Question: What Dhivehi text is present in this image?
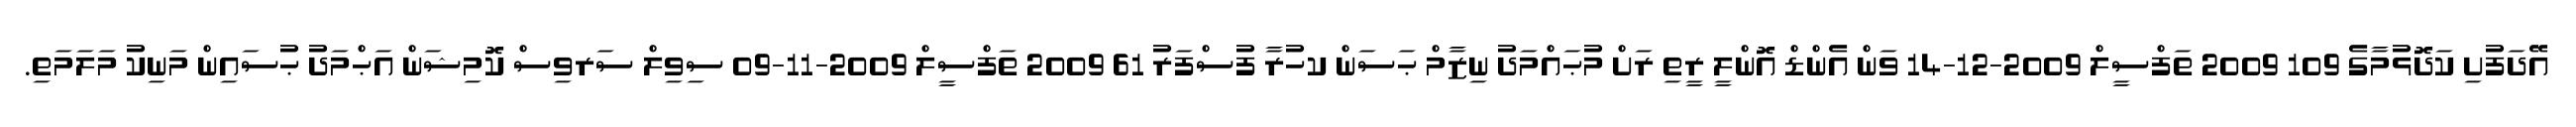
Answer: އޭދަފުށި ކަދޮޅުމާގެ 109 2009 ތަފްސީލް 2009-12-14 ވަން އެންޑް އޮންލީ ރީތި ރަށް މުޙައްމަދު ނިޒާމް ޙަސަން ކހުރާ ފުސްފަރު 61 2009 ތަފްސީލް 2009-11-09 ސިވިލް ސަރވިސް ކޮމިޝަން އަޙްމަދު ޙުސައިން މަނިކު މަލަމަތި.